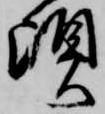
頃